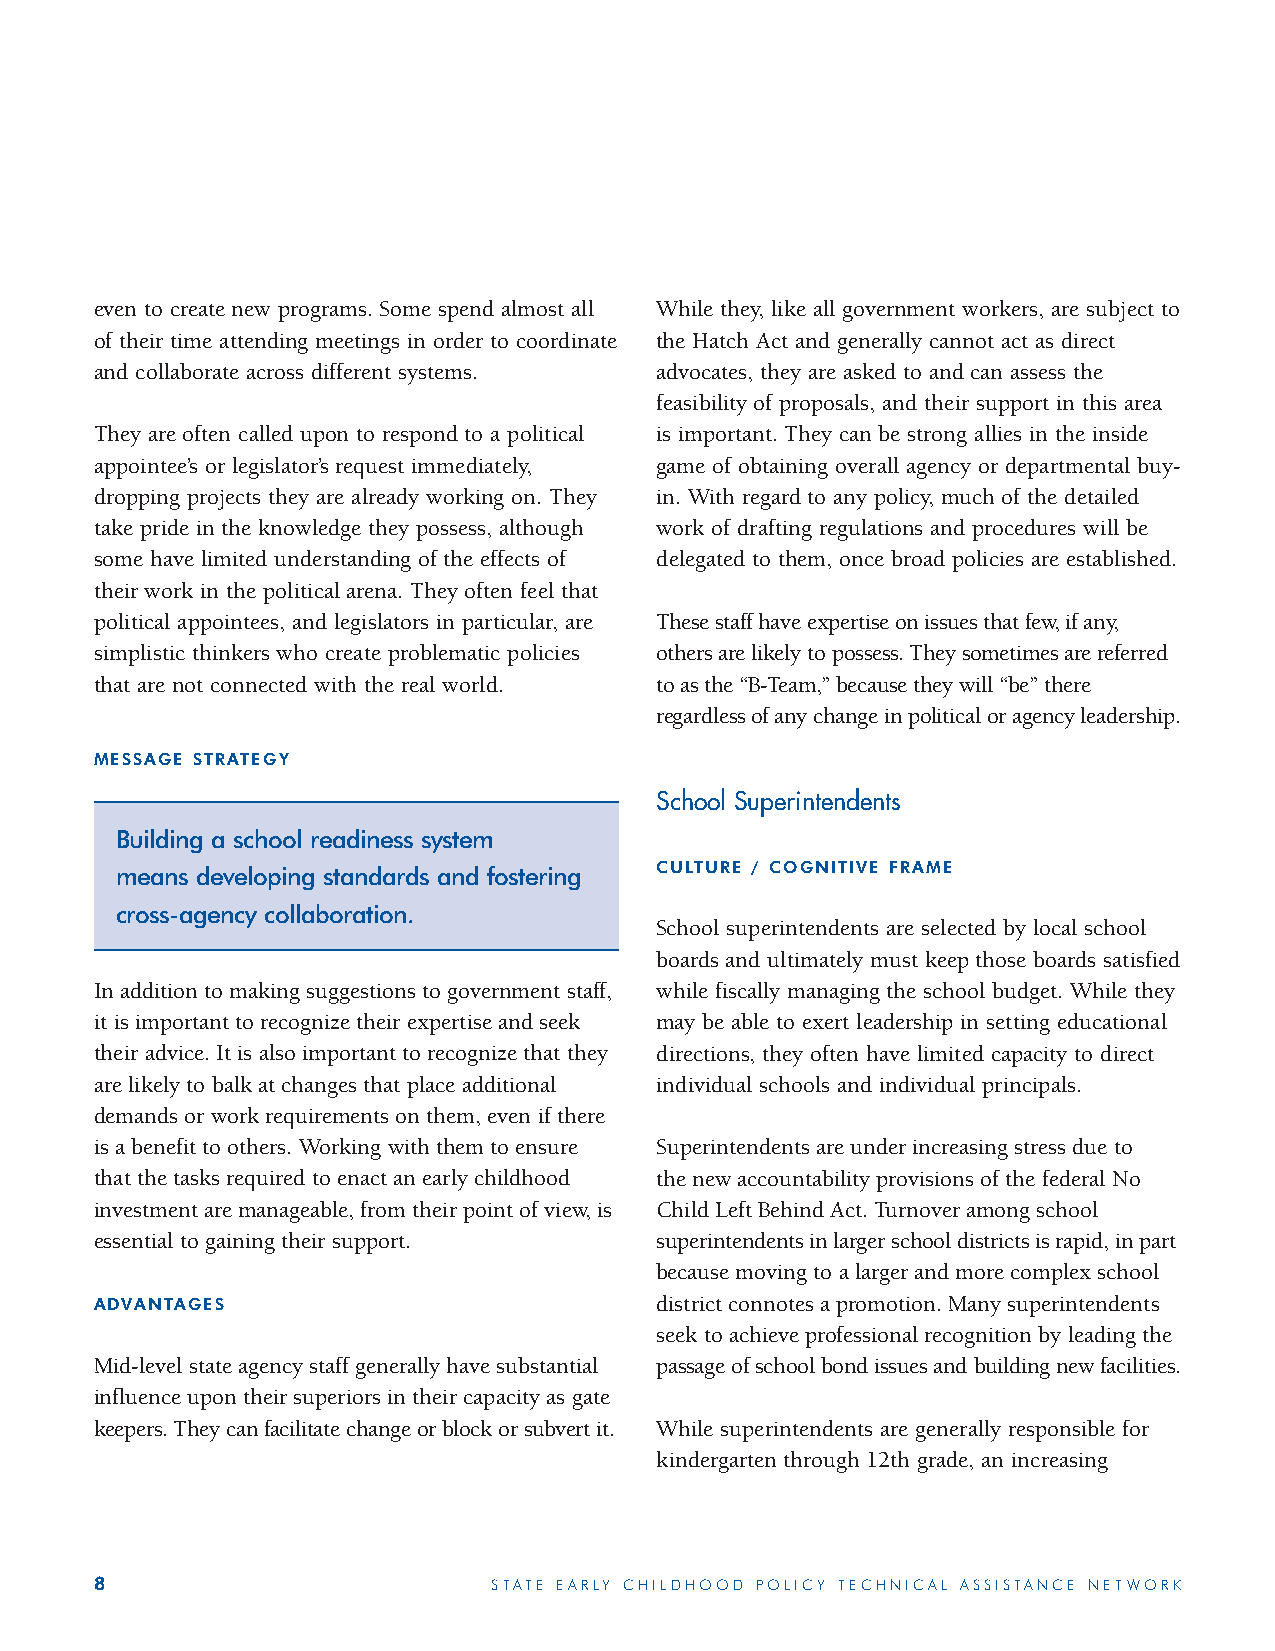
even to create new programs. Some spend almost all While they, like all government workers, are subject to
 of their time attending meetings in order to coordinate the Hatch Act and generally cannot act as direct
 and collaborate across different systems. advocates, they are asked to and can assess the
 feasibility of proposals, and their support in this area
 They are often called upon to respond to a political is important. They can be strong allies in the inside
 appointee’s or legislator’s request immediately, game of obtaining overall agency or departmental buy-
 dropping projects they are already working on. They in. With regard to any policy, much of the detailed
 take pride in the knowledge they possess, although work of drafting regulations and procedures will be
 some have limited understanding of the effects of delegated to them, once broad policies are established.
 their work in the political arena. They often feel that
 political appointees, and legislators in particular, are These staff have expertise on issues that few, if any,
 simplistic thinkers who create problematic policies others are likely to possess. They sometimes are referred
 that are not connected with the real world. to as the “B-Team,” because they will “be” there
 regardless of any change in political or agency leadership.
 MESSAGE STRATEGY
 School Superintendents
 Building a school readiness system
 CULTURE / COGNITIVE FRAME
 means developing standards and fostering
 cross-agency collaboration.
 School superintendents are selected by local school
 boards and ultimately must keep those boards satisfied
 In addition to making suggestions to government staff, while fiscally managing the school budget. While they
 it is important to recognize their expertise and seek may be able to exert leadership in setting educational
 their advice. It is also important to recognize that they directions, they often have limited capacity to direct
 are likely to balk at changes that place additional individual schools and individual principals.
 demands or work requirements on them, even if there
 is a benefit to others. Working with them to ensure Superintendents are under increasing stress due to
 that the tasks required to enact an early childhood the new accountability provisions of the federal No
 investment are manageable, from their point of view, is Child Left Behind Act. Turnover among school
 essential to gaining their support.  superintendents in larger school districts is rapid, in part
 because moving to a larger and more complex school
 ADVANTAGES                           district connotes a promotion. Many superintendents
 seek to achieve professional recognition by leading the
 Mid-level state agency staff generally have substantial passage of school bond issues and building new facilities.
 influence upon their superiors in their capacity as gate
 keepers. They can facilitate change or block or subvert it. While superintendents are generally responsible for
 kindergarten through 12th grade, an increasing
 8                          STATE EARLY CHILDHOOD POLICY TECHNICAL ASSISTANCE NETWORK